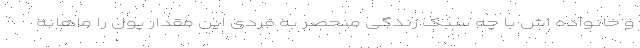
و خانواده اش با چه سبک زندگی منحصر به فردی این مقدار پول را ماهانه